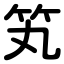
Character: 笂